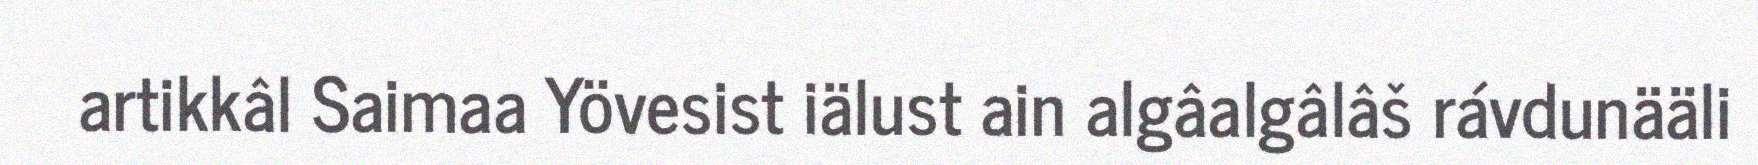
artikkâl Saimaa Yövesist iälust ain algâalgâlâš rávdunääli